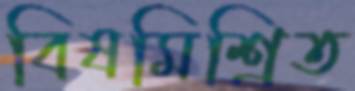
বিষমিশ্রিত